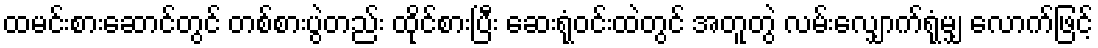
ထမင်းစားဆောင်တွင် တစ်စားပွဲတည်း ထိုင်စားပြီး ဆေးရုံဝင်းထဲတွင် အတူတွဲ လမ်းလျှောက်ရုံမျှ လောက်ဖြင့်